Report on the working of the mental hospitals for Indians in Bihar and Orissa - 1925-1929
Year: 1925
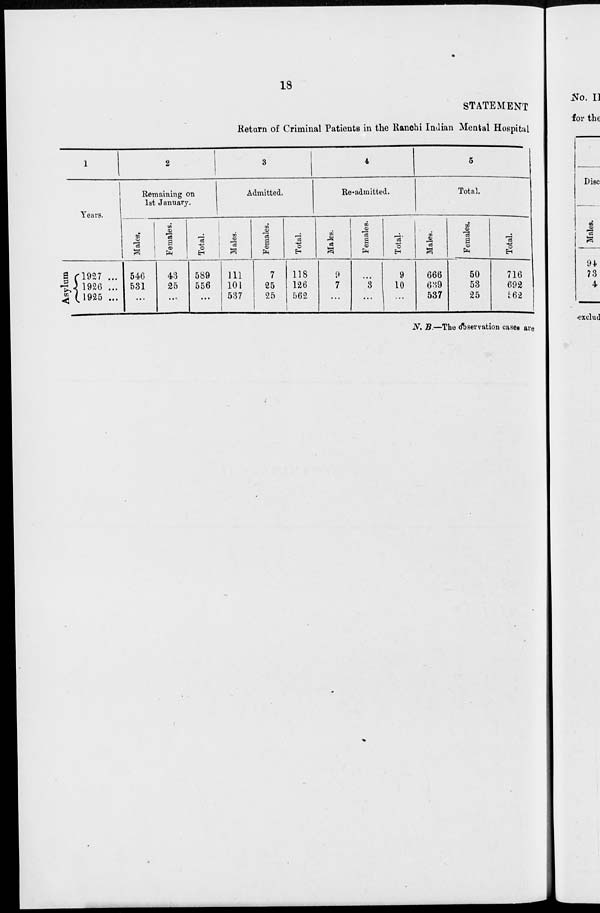
18
STATEMENT
Return of Criminal Patients in the Ranchi Indian Mental Hospital
1
Years.
Asylum
1927 ...
1926 ...
1925 ...
2
Remaining on
1st January.
Males.
546
531
...
Females.
43
25
...
Tot al .
589
556
...
3
Admitted.
Mal es .
111
101
537
Females.
7
25
25
Total.
118
126
562
4
Re-admitted.
Males.
9
7
...
Females.
...
3
...
Total.
9
10
...
5
Total.
Males.
666
639
537
Females.
50
53
25
Total.
716
692
562
N. B.—The Observation cases are